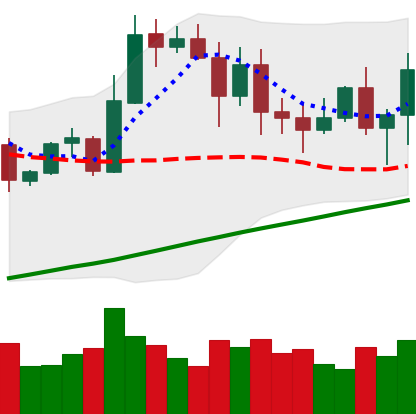
Ticker: ETH-USD
Chart end date: 2020-11-04
Forward return: 10.449%
Label: up_7plus